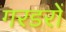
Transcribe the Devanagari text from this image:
गरडरों